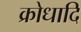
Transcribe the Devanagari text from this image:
क्रोधादि